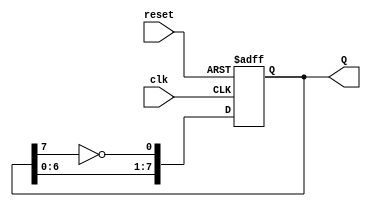
module johnson_counter (
    input wire clk,          // Clock input
    input wire reset,        // Asynchronous reset input
    output reg [7:0] Q       // 8-bit output
);

// Always block triggered on the rising edge of the clock or reset
always @(posedge clk or posedge reset) begin
    if (reset) begin
        Q <= 8'b00000000;    // Reset the counter to 00000000
    end else begin
        // Johnson counter logic
        Q <= {Q[6:0], ~Q[7]}; // Shift left and feedback inverted Q7 to Q0
    end
end

endmodule